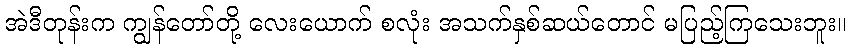
အဲဒီတုန်းက ကျွန်တော်တို့ လေးယောက် စလုံး အသက်နှစ်ဆယ်တောင် မပြည့်ကြသေးဘူး။